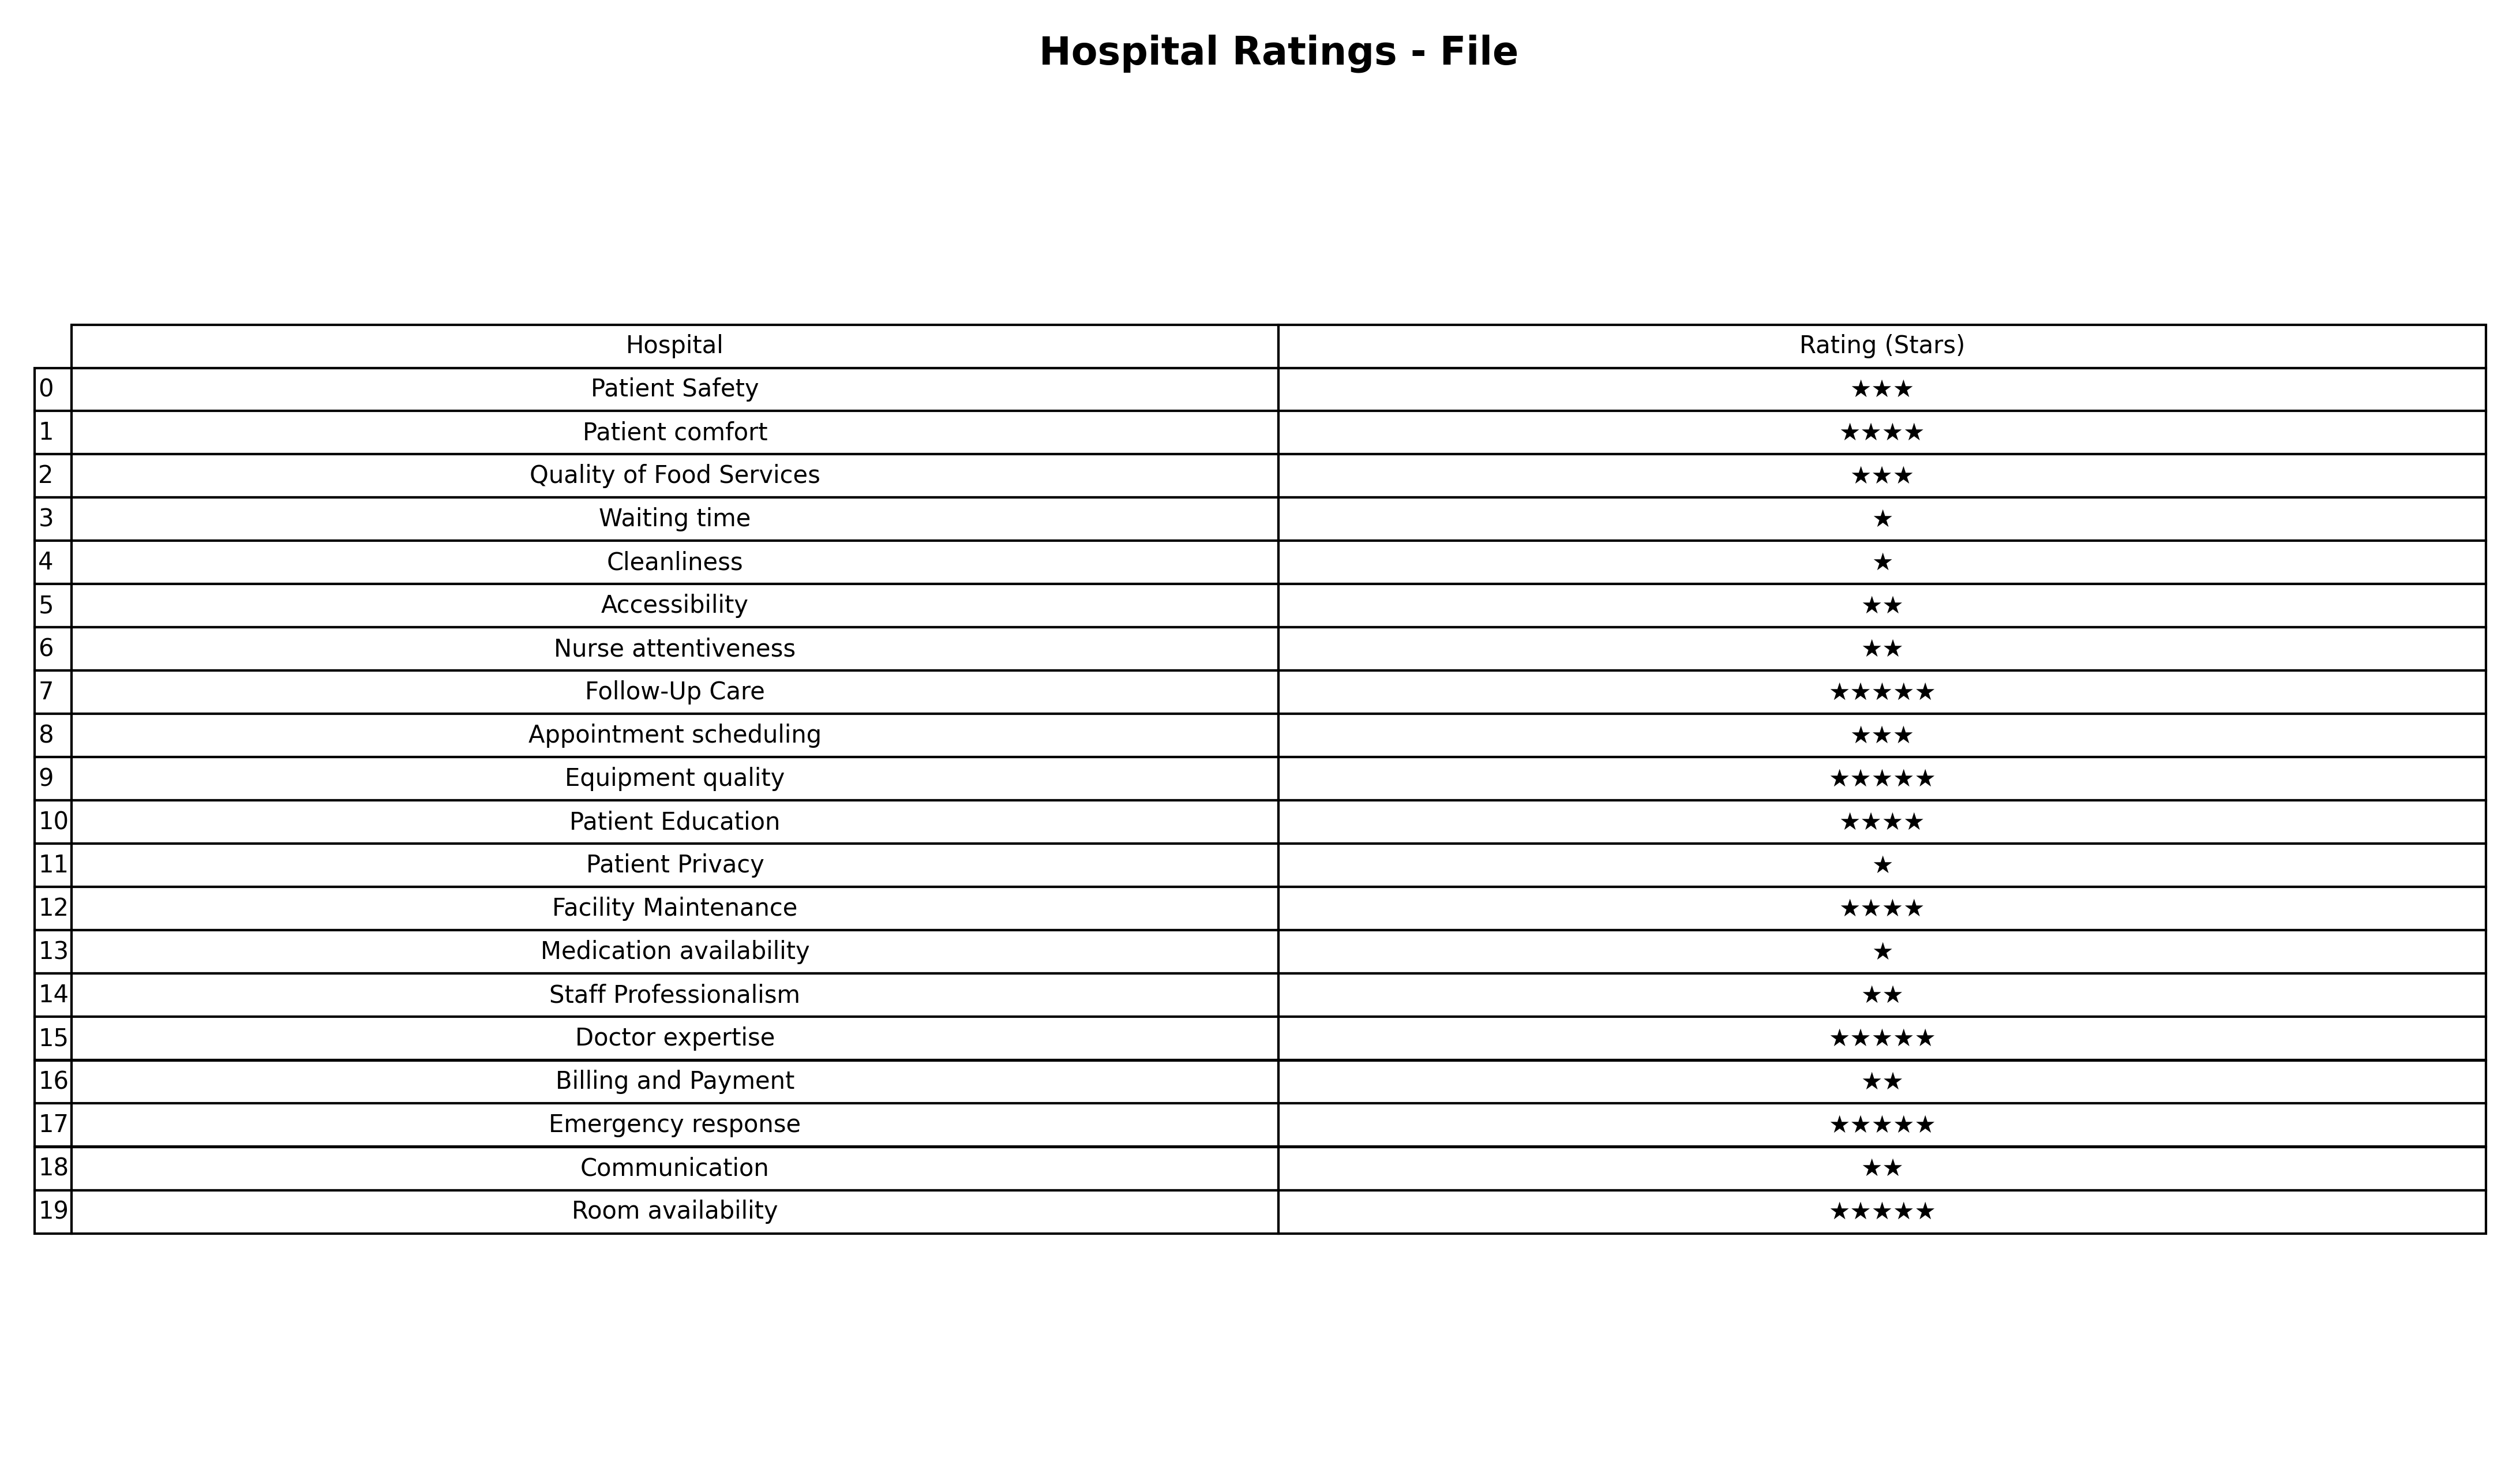
question: What are five star services?
answer: Follow-Up CareEquipment qualityDoctor expertiseEmergency responseRoom availability